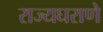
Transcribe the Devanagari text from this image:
राज्यघराणे